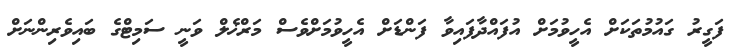
ފަގީރު ގައުމުތަކަށް އެހީވުމަށް އުފައްދާފައިވާ ފަންޑަށް އެހީވުމަށްވެސް މަރްޚެލް ވަނީ ސަމިޓްގެ ބައިވެރިންނަށް